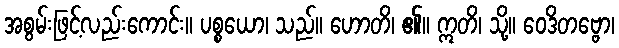
အစွမ်းဖြင့်လည်းကောင်း။ ပစ္စယော၊ သည်။ ဟောတိ၊ ၏။ ဣတိ၊ သို့။ ဝေဒိတဗ္ဗော၊